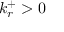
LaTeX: k _ { r } ^ { + } > 0